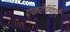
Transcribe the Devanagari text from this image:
एकटेपणही